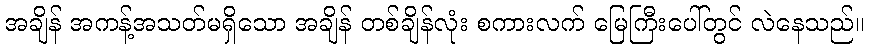
အချိန် အကန့်အသတ်မရှိသော အချိန် တစ်ချိန်လုံး စကားလက် မြေကြီးပေါ်တွင် လဲနေသည်။